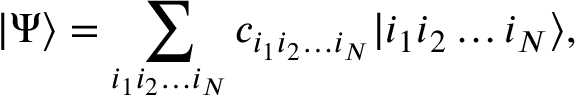
\left| \Psi \right\rangle = \sum _ { i _ { 1 } i _ { 2 } \ldots i _ { N } } { c _ { i _ { 1 } i _ { 2 } \ldots i _ { N } } | i _ { 1 } i _ { 2 } \ldots i _ { N } \rangle } ,